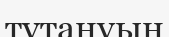
тұтануын